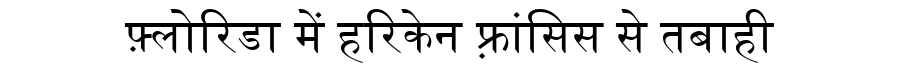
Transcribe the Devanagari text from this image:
फ़्लोरिडा में हरिकेन फ़्रांसिस से तबाही